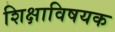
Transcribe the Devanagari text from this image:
शिक्षाविषयक